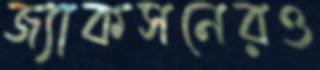
জ্যাকসনেরও